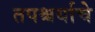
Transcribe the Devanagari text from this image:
तपश्चर्याचे